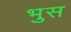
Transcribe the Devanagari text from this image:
भुस